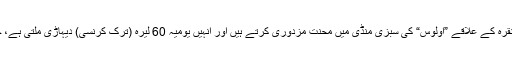
ترک پریس کے مطابق یلدریم جلیلک انقرہ کے علاقے ”اولوس“ کی سبزی منڈی میں محنت مزدوری کرتے ہیں اور انہیں یومیہ 60 لیرہ (ترک کرنسی) دیہاڑی ملتی ہے، جو کہ 22 امریکی ڈالر کے برابر ہے۔